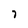
Character: 7